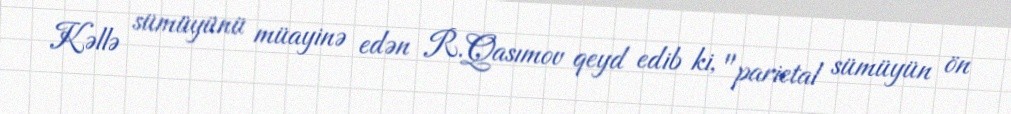
Kəllə sümüyünü müayinə edən R.Qasımov qeyd edib ki, "parietal sümüyün ön